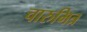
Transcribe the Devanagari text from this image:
चारुमित्र